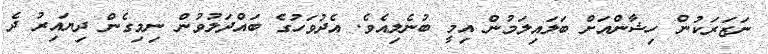
ނަޒަރަކުން ހިޝާންއަށް ބަލައިލަމުން އިމީ ބުނެލިއެވެ. އެދުވަހުގެ ބައްދަލުވުން ނިމިގެން ދިޔައިރު ދެ